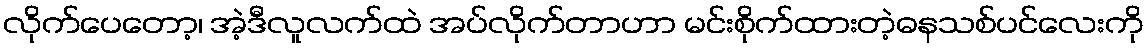
လိုက်ပေတော့၊ အဲ့ဒီလူလက်ထဲ အပ်လိုက်တာဟာ မင်းစိုက်ထားတဲ့ဓနသစ်ပင်လေးကို